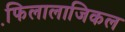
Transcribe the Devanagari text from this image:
फि़लालाजिकल